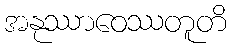
အနုဿာဝေဿတူတိ